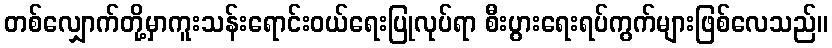
တစ်လျှောက်တို့မှာကူးသန်းရောင်းဝယ်ရေးပြုလုပ်ရာ စီးပွားရေးရပ်ကွက်များဖြစ်လေသည်။